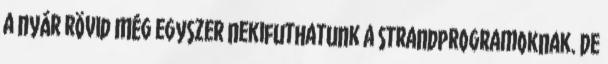
a nyár rövid Még egyszer nekifuthatunk a strandprogramoknak. De